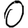
Digit: 0